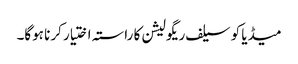
میڈیا کو سیلف ریگولیشن کا راستہ اختیار کرنا ہوگا۔